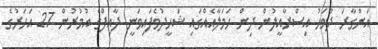
އަންގާރަ ދުވަހު އިސްރާއީލުން ދިން ހަމަލާއެއްގައި ޝަހީދުވެފައިވަނީ ދާއިފްގެ އުމުރުން 27 އަހަރުގެ